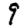
Digit: 9